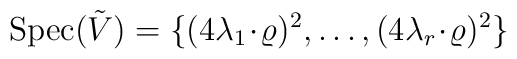
\mbox{Spec}(\tilde{V})=\{(4\lambda_1\!\cdot\!\varrho)^2,\ldots,(4\lambda_r\!\cdot\!\varrho)^2\}